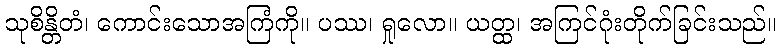
သုစိန္တိတံ၊ ကောင်းသောအကြံကို။ ပဿ၊ ရှုလော။ ယတ္ထ၊ အကြင်ဂုံးတိုက်ခြင်းသည်။